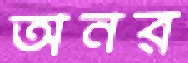
অনর